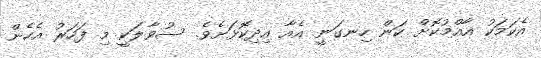
އެކަމަކު އާއްމުކޮށް ކަން ހިނގަނީ އެއާ އިދިކޮޅަށެވެ. ސުވާލަކީ މި ފަހަރު އެހެން